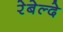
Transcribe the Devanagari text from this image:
रेबेल्दे